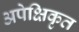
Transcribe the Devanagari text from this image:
अपेक्षिकृत